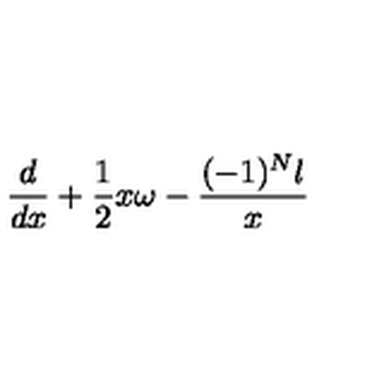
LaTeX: \frac { d } { d x } + \frac { 1 } { 2 } x \omega - \frac { ( - 1 ) ^ { N } l } { x }